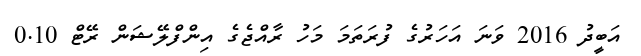
އަބީދު 2016 ވަނަ އަހަރުގެ ފުރަތަމަ މަހު ރާއްޖެގެ އިންފްލޭޝަން ރޭޓް 0.10